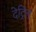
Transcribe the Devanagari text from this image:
देट्रिल